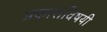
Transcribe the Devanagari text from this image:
प्रकाराविषयी